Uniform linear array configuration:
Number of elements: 64
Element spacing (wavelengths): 0.75
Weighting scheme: binomial
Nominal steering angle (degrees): -60
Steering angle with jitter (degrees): -60.884
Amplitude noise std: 0.05
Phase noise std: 0.05

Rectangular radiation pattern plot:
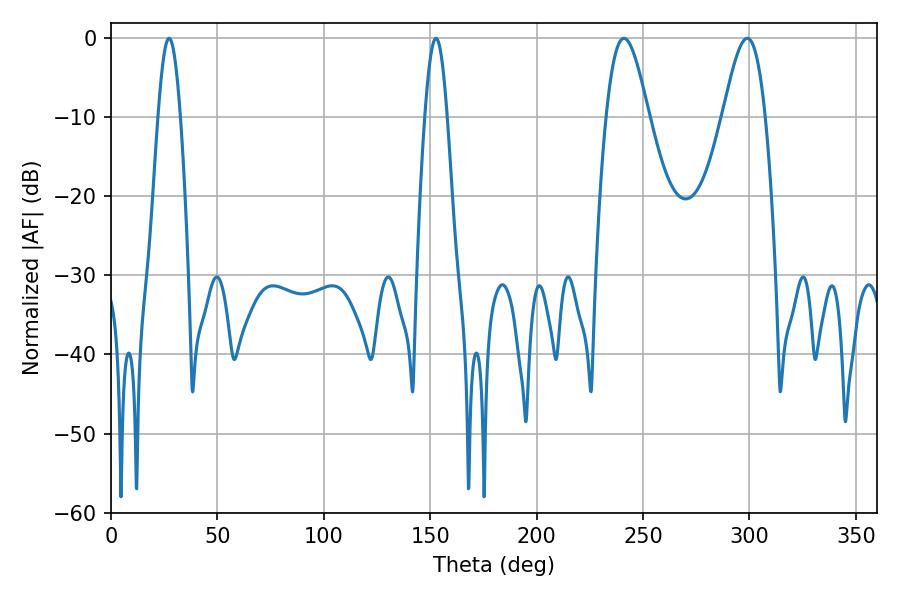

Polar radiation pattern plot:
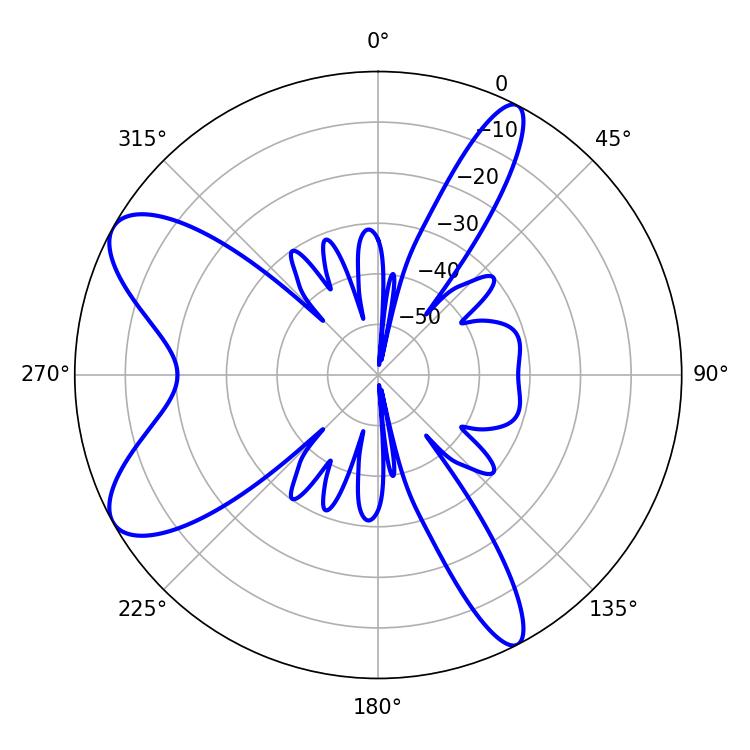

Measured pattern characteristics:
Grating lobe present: TRUE
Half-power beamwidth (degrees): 10.62
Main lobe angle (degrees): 241.02